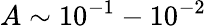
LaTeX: A\sim 10^{-1}-10^{-2}